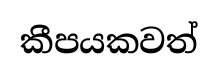
කීපයකවත්